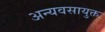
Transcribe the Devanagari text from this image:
अन्यवसायुक्त